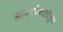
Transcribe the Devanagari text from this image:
उदरपोकळीतून